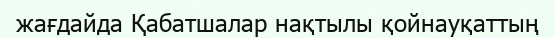
жағдайда Қабатшалар нақтылы қойнауқаттың